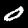
Digit: 0